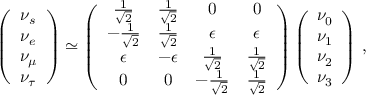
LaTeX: \left( \begin{array} { c } { { \nu _ { s } } } \\ { { \nu _ { e } } } \\ { { \nu _ { \mu } } } \\ { { \nu _ { \tau } } } \end{array} \right) \simeq \left( \begin{array} { c c c c } { { { \frac { 1 } { \sqrt 2 } } } } & { { { \frac { 1 } { \sqrt 2 } } } } & { { 0 } } & { { 0 } } \\ { { - { \frac { 1 } { \sqrt 2 } } } } & { { { \frac { 1 } { \sqrt 2 } } } } & { { \epsilon } } & { { \epsilon } } \\ { { \epsilon } } & { { - \epsilon } } & { { { \frac { 1 } { \sqrt 2 } } } } & { { { \frac { 1 } { \sqrt 2 } } } } \\ { { 0 } } & { { 0 } } & { { - { \frac { 1 } { \sqrt 2 } } } } & { { { \frac { 1 } { \sqrt 2 } } } } \end{array} \right) \left( \begin{array} { c } { { \nu _ { 0 } } } \\ { { \nu _ { 1 } } } \\ { { \nu _ { 2 } } } \\ { { \nu _ { 3 } } } \end{array} \right) \, ,